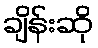
ချိန်းဆို